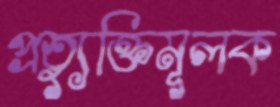
প্রত্যুক্তিমূলক